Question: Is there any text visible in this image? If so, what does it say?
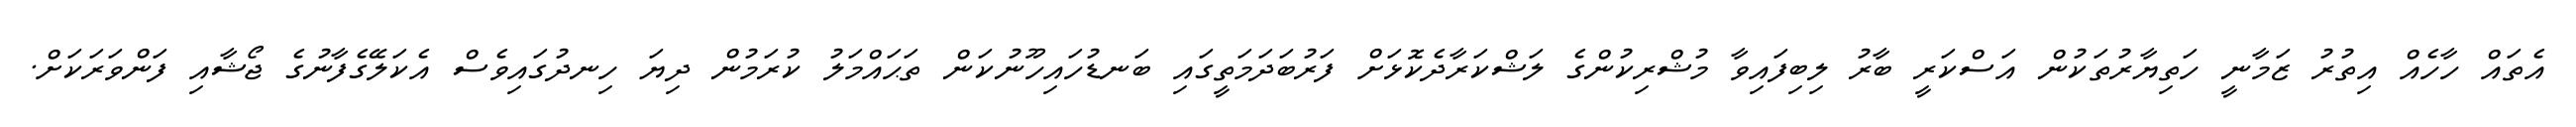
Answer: އެތައް ހާހެއް އިތުރު ޒަމާނީ ހަތިޔާރުތަކުން އަސްކަރީ ބާރު ލިބިފައިވާ މުޝްރިކުންގެ ލަޝްކަރާދެކޮޅަށް ފަރުބަދަމަތީގައި ބަނޑުހައިހޫނުކަން ތަޙައްމަލު ކުރަމުން ދިޔަ ހިނދުގައިވެސް އެކަލޭގެފާނުގެ ޖޯޝާއި ފަންވަރަކަށް.